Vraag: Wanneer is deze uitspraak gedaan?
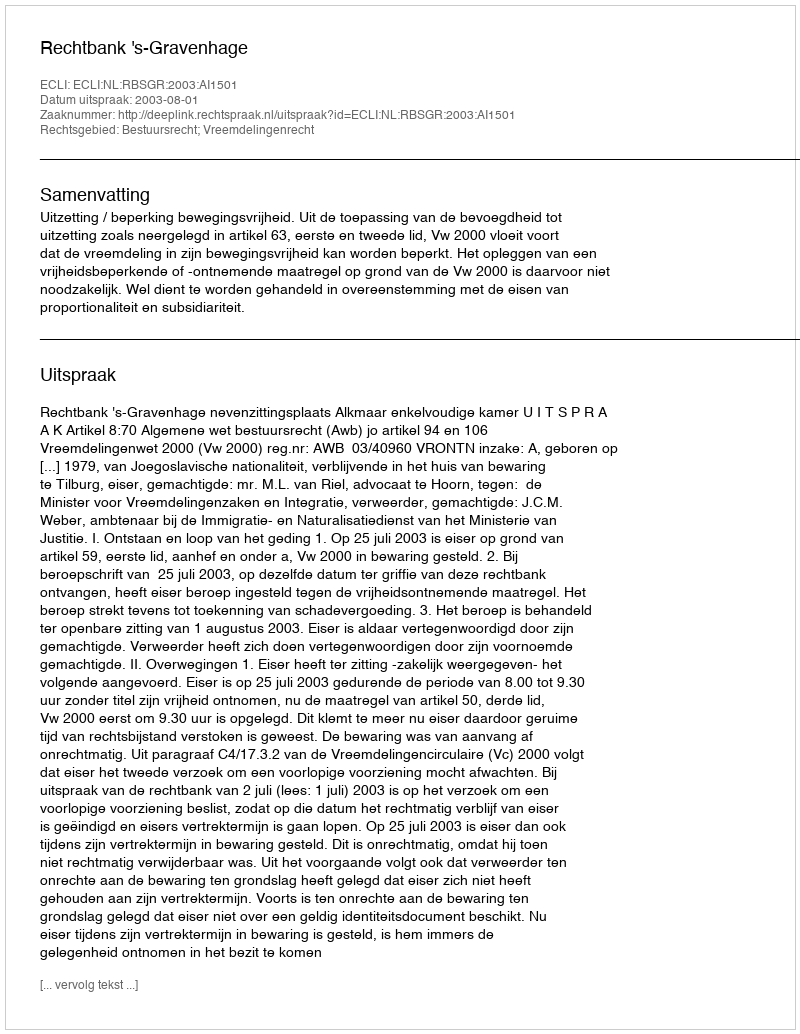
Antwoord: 2003-08-01